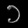
Digit: ၁